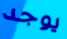
يوجد